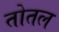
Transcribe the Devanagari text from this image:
तोतल